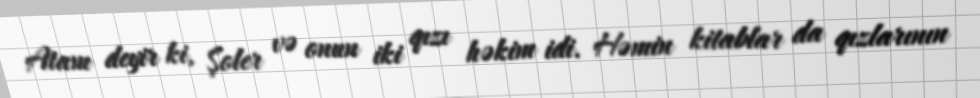
Atam deyir ki, Şoler və onun iki qızı həkim idi. Həmin kitablar da qızlarının